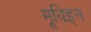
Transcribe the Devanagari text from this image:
मूविइन